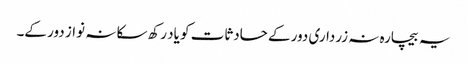
یہ بیچارہ نہ زرداری دور کے حادثات کو یاد رکھ سکا نہ نواز دور کے۔